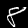
Digit: 8